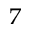
^ 7